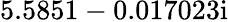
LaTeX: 5.5851-0.017023\mathrm{i}